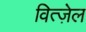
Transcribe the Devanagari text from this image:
वित्ज़ेल